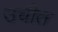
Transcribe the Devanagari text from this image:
उचीत